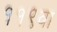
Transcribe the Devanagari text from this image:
११९वा